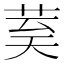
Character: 𮎾